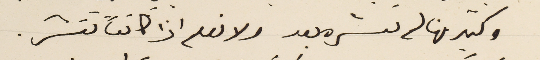
وكثير منها لم ننشره بعد ولا نعلم اذا كانت تنشر.